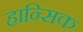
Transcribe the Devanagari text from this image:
हान्सिक